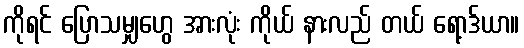
ကိုရင် ပြောသမျှဟွေ အားလုံး ကိုယ် နားလည် တယ် ရော့ဒ်ယာ။